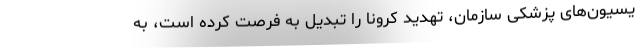
یسیون‌های پزشکی سازمان، تهدید کرونا را تبدیل به فرصت کرده‌ است، به